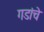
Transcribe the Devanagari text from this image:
गडांचे